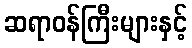
ဆရာဝန်ကြီးများနှင့်